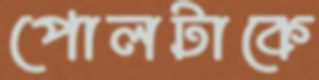
পোলটাকে